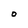
Character: O